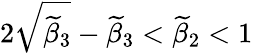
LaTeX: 2\sqrt{\widetilde{\beta}_{3}}-\widetilde{\beta}_{3}<\widetilde{\beta}_{2}<1